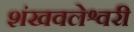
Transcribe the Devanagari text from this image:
शंखवलेश्वरी